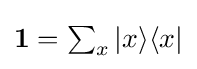
{\textstyle \mathbf {1} =\sum _{x}|x\rangle \langle x|}